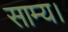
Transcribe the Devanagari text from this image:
साम्य।